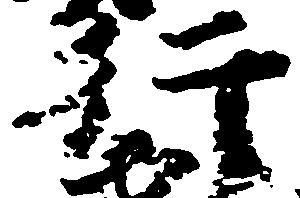
行